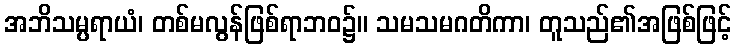
အဘိသမ္ပရာယံ၊ တစ်မလွန်ဖြစ်ရာဘဝ၌။ သမသမဂတိကာ၊ တူသည်၏အဖြစ်ဖြင့်